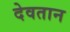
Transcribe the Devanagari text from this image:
देवतान